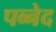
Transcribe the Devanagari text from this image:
पव्नेद